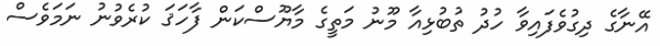
އޭނާގެ ދިގުވެފައިވާ ހުދު ތުބުޅިއާ މޫނު މަތީގެ މާޔޫސްކަން ފާހަޤަ ކުރެވުނު ނަމަވެސް